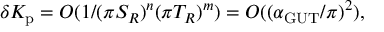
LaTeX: \delta K _ { \mathrm { p } } = { \cal O } ( 1 / ( \pi S _ { R } ) ^ { n } ( \pi T _ { R } ) ^ { m } ) = { \cal O } ( ( \alpha _ { \mathrm { G U T } } / \pi ) ^ { 2 } ) ,